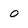
Character: o